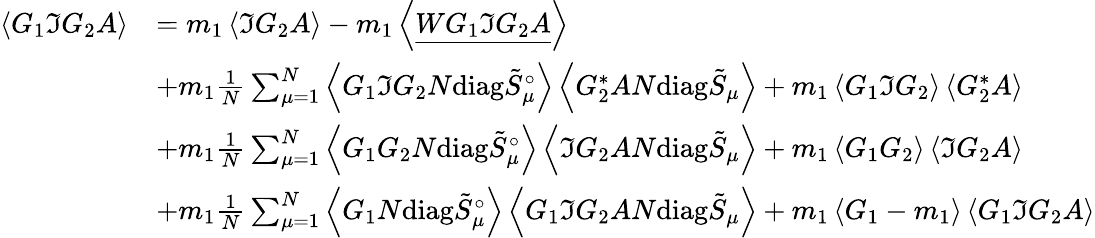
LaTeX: \begin{array}{rl}{\left\langle{G_{1}\Im G_{2}A}\right\rangle}&{=m_{1}\left\langle{\Im G_{2}A}\right\rangle-m_{1}\left\langle{\underline{{WG_{1}\Im G_{2}A}}}\right\rangle}\\ &{+m_{1}\frac{1}{N}\sum_{\mu=1}^{N}\left\langle{G_{1}\Im G_{2}N\mathrm{diag}\tilde{S}_{\mu}^{\circ}}\right\rangle\left\langle{G_{2}^{*}AN\mathrm{diag}\tilde{S}_{\mu}}\right\rangle+m_{1}\left\langle{G_{1}\Im G_{2}}\right\rangle\left\langle{G_{2}^{*}A}\right\rangle}\\ &{+m_{1}\frac{1}{N}\sum_{\mu=1}^{N}\left\langle{G_{1}G_{2}N\mathrm{diag}\tilde{S}_{\mu}^{\circ}}\right\rangle\left\langle{\Im G_{2}AN\mathrm{diag}\tilde{S}_{\mu}}\right\rangle+m_{1}\left\langle{G_{1}G_{2}}\right\rangle\left\langle{\Im G_{2}A}\right\rangle}\\ &{+m_{1}\frac{1}{N}\sum_{\mu=1}^{N}\left\langle{G_{1}N\mathrm{diag}\tilde{S}_{\mu}^{\circ}}\right\rangle\left\langle{G_{1}\Im G_{2}AN\mathrm{diag}\tilde{S}_{\mu}}\right\rangle+m_{1}\left\langle{G_{1}-m_{1}}\right\rangle\left\langle{G_{1}\Im G_{2}A}\right\rangle}\end{array}